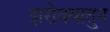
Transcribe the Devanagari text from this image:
झरोक्यातुन